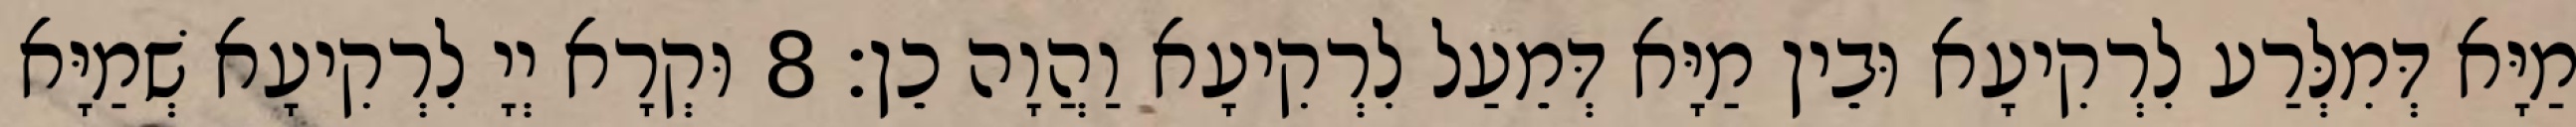
מַיָּא דְּמִלְּרַע לִרְקִיעָא וּבֵין מַיָּא דְּמֵעַל לִרְקִיעָא וַהֲוָה כֵן׃ 8 וּקְרָא יְיָ לִרְקִיעָא שְׁמַיָּא